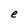
Character: e